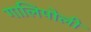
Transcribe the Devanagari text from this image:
गालिपोली